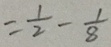
= \frac { 1 } { 2 } - \frac { 1 } { 8 }